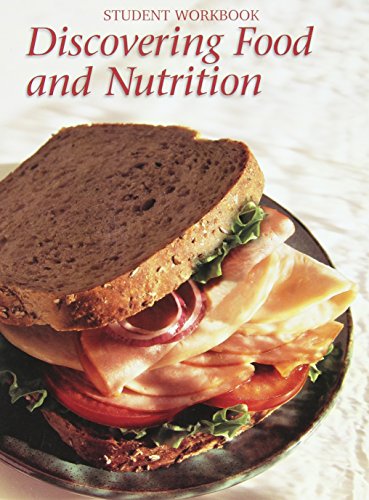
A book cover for Discovering Food and Nutrition; Helen Kowtaluk; Teen & Young Adult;